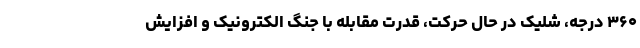
۳۶۰ درجه، شلیک در حال حرکت، قدرت مقابله با جنگ الکترونیک و افزایش